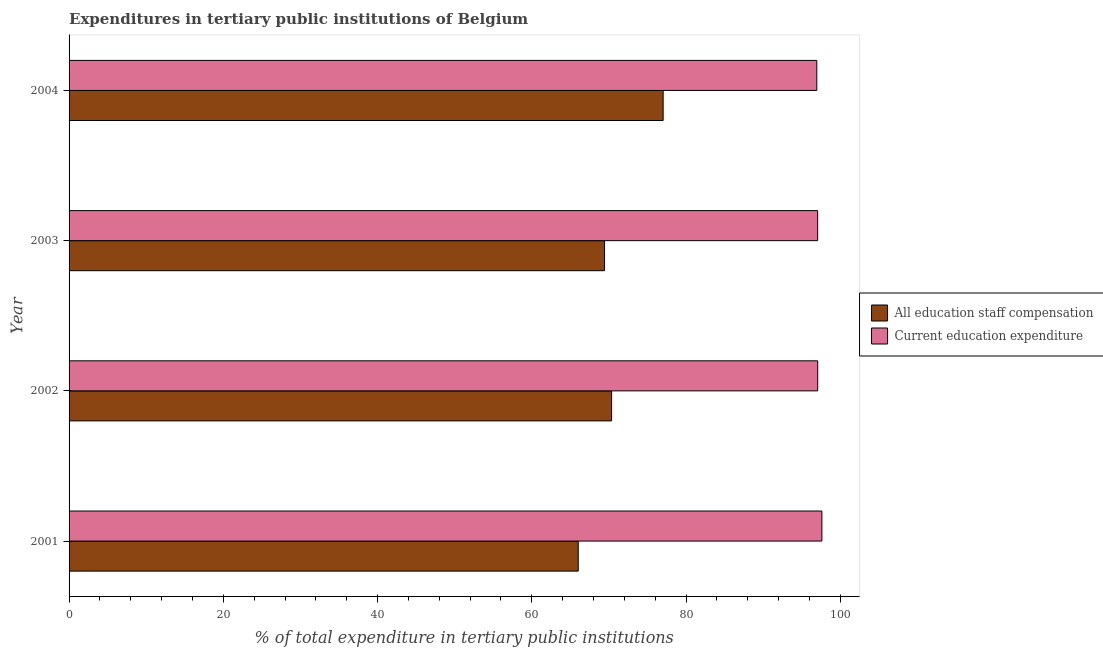
| Year | All education staff compensation | Current education expenditure |
 | --- | --- | --- |
 | 2001 | 66 | 97.6 |
 | 2002 | 70.3 | 97.1 |
 | 2003 | 69.4 | 97.1 |
 | 2004 | 77 | 96.9 |